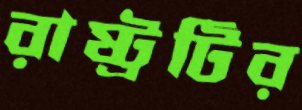
রাষ্ট্রটির